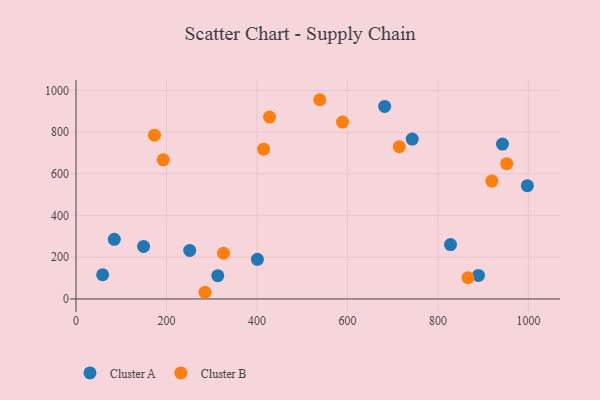
{"axis": {"x": "Speed", "y": "Profit"}, "legend": ["Cluster A", "Cluster B"], "data": [{"x": "251.4", "y": 232.9, "type": "Cluster A"}, {"x": "149.4", "y": 251.7, "type": "Cluster A"}, {"x": "743.2", "y": 766.4, "type": "Cluster A"}, {"x": "942.6", "y": 742.5, "type": "Cluster A"}, {"x": "827.8", "y": 260.7, "type": "Cluster A"}, {"x": "84.7", "y": 285.9, "type": "Cluster A"}, {"x": "889.6", "y": 113.0, "type": "Cluster A"}, {"x": "58.9", "y": 116.1, "type": "Cluster A"}, {"x": "401.0", "y": 190.1, "type": "Cluster A"}, {"x": "682.2", "y": 923.1, "type": "Cluster A"}, {"x": "997.7", "y": 543.1, "type": "Cluster A"}, {"x": "313.4", "y": 111.7, "type": "Cluster A"}, {"x": "866.5", "y": 101.7, "type": "Cluster B"}, {"x": "285.1", "y": 32.0, "type": "Cluster B"}, {"x": "427.8", "y": 872.3, "type": "Cluster B"}, {"x": "414.6", "y": 718.2, "type": "Cluster B"}, {"x": "173.5", "y": 785.5, "type": "Cluster B"}, {"x": "714.5", "y": 729.9, "type": "Cluster B"}, {"x": "589.1", "y": 848.2, "type": "Cluster B"}, {"x": "952.0", "y": 648.5, "type": "Cluster B"}, {"x": "538.8", "y": 955.3, "type": "Cluster B"}, {"x": "919.2", "y": 565.2, "type": "Cluster B"}, {"x": "192.8", "y": 667.0, "type": "Cluster B"}, {"x": "326.0", "y": 219.2, "type": "Cluster B"}]}